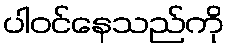
ပါဝင်နေသည်ကို